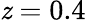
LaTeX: \mathit{z}=0.4